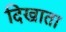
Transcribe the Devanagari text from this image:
दिखाता